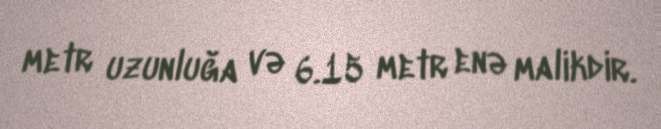
metr uzunluğa və 6.15 metr enə malikdir.